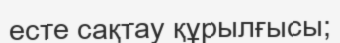
есте сақтау құрылғысы;